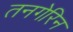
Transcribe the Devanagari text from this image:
तनगेरिन